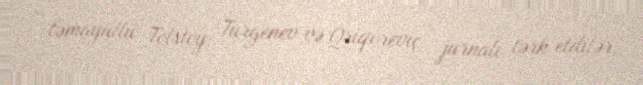
təmayüllü Tolstoy, Turgenev və Qriqoreviç jurnalı tərk etdilər.